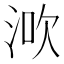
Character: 𣵶